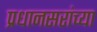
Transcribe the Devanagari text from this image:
प्रधानसरांच्या